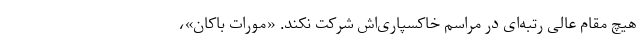
هیچ مقام عالی رتبه‌ای در مراسم خاکسپاری‌اش شرکت نکند. «مورات باکان»،